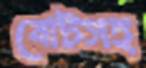
বোটসহ